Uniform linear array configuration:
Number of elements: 24
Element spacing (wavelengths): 0.25
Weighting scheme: hamming
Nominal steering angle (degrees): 30
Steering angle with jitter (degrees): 30.962
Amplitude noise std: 0.05
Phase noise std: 0.05

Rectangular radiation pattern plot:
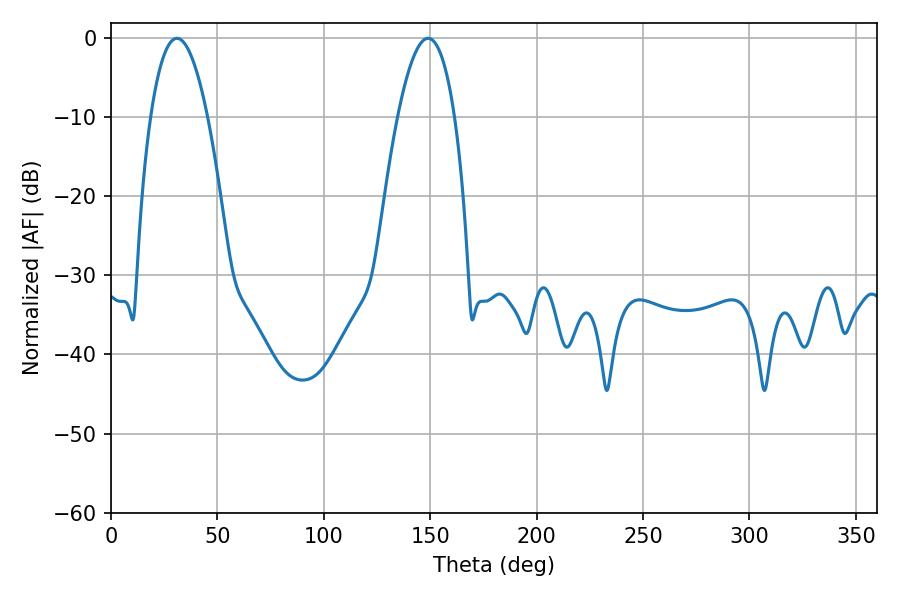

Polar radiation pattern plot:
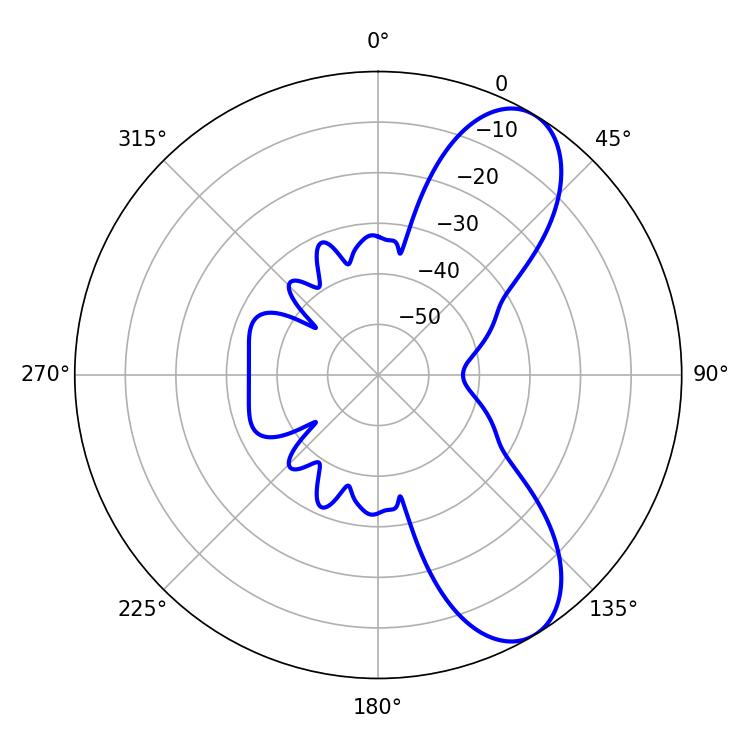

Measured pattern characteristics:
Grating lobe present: FALSE
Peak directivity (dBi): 8.43
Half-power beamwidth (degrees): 14.76
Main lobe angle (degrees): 30.96